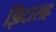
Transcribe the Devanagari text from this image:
झिंटासह